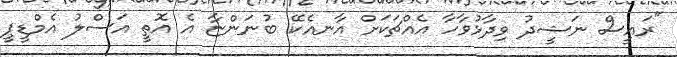
"ރައީސް ނަޝީދު ވިދާޅުވާހާ އެއްޗަކަށް އާނއެކޭ ބުނަންޏާ އެ އޮތީ އަސްލު އެމްޑީޕީ